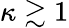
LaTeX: \kappa\gtrsim 1